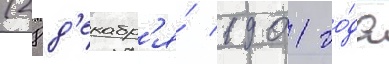
(28 д'екабр'я́ 1901 го́да